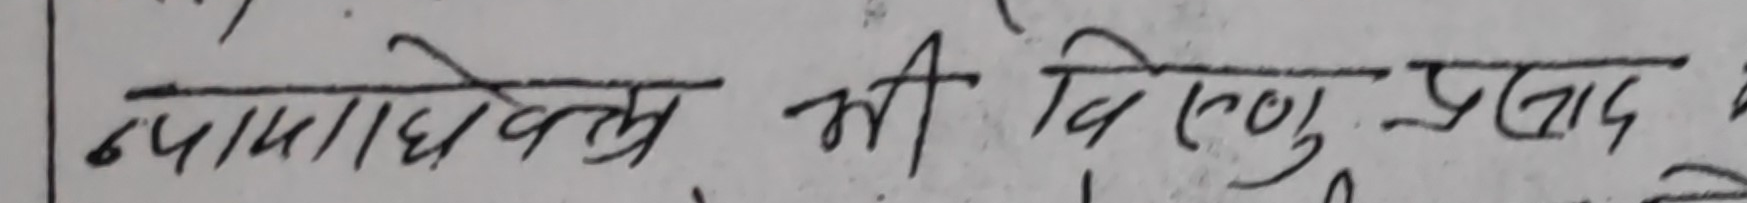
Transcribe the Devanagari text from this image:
६प॥धाददेवत्य की विष्णुप्रसाद व